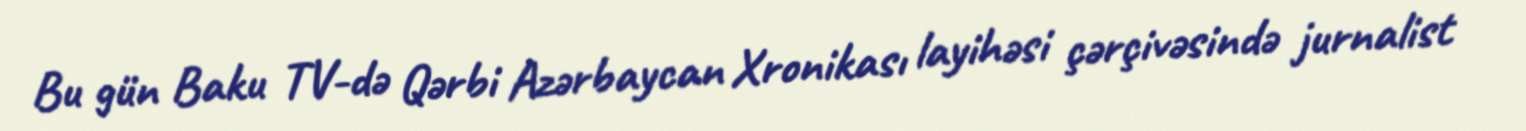
Bu gün Baku TV-də Qərbi Azərbaycan Xronikası layihəsi çərçivəsində jurnalist